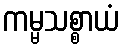
ကမ္မသစ္စာယံ